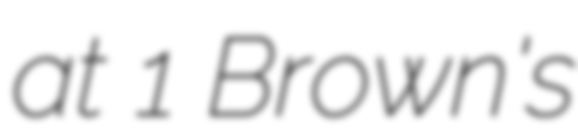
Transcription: at 1 Brown's